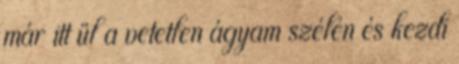
már itt ül a vetetlen ágyam szélén és kezdi